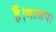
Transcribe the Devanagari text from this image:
हैं।भाजपा